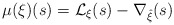
\begin{align*}\mu(\xi)(s) = \mathcal{L}_{\xi}(s) - \nabla_{\hat{\xi}}(s)\end{align*}